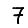
Digit: 7